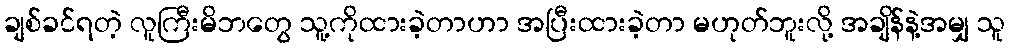
ချစ်ခင်ရတဲ့ လူကြီးမိဘတွေ သူ့ကိုထားခဲ့တာဟာ အပြီးထားခဲ့တာ မဟုတ်ဘူးလို့ အချိန်နဲ့အမျှ သူ